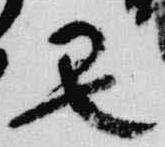
丑